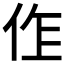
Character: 𠈨